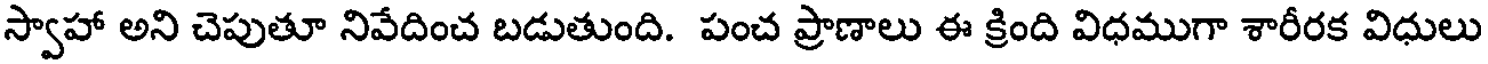
స్వాహా అని చెపుతూ నివేదించ బడుతుంది. పంచ ప్రాణాలు ఈ క్రింది విధముగా శారీరక విధులు